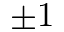
\pm 1